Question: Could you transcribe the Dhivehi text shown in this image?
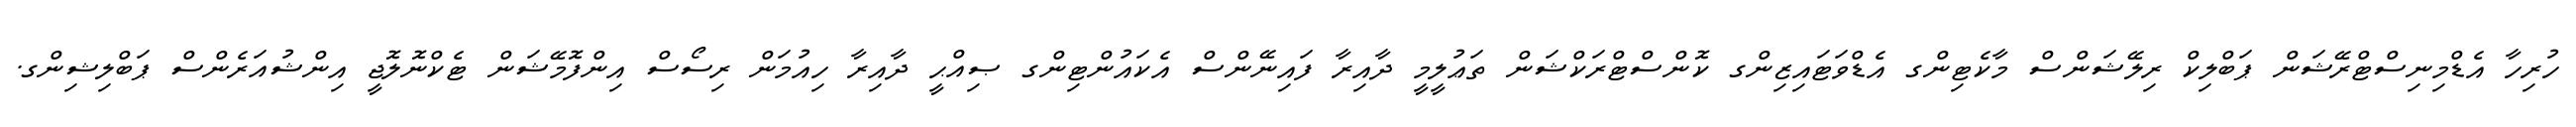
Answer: ހުރިހާ އެޑްމިނިސްޓްރޭޝަން ޕަބްލިކް ރިލޭޝަންސް މާކެޓިންގ އެޑްވަޓައިޒިންގ ކޮންސްޓްރަކްޝަން ތަޢުލީމީ ދާއިރާ ފައިނޭންސް އެކައުންޓިންގ ޞިއްޙީ ދާއިރާ ހިއުމަން ރިސޯސް އިންފޮމޭޝަން ޓެކްނޮލޮޖީ އިންޝުއަރެންސް ޕަބްލިޝިންގ.